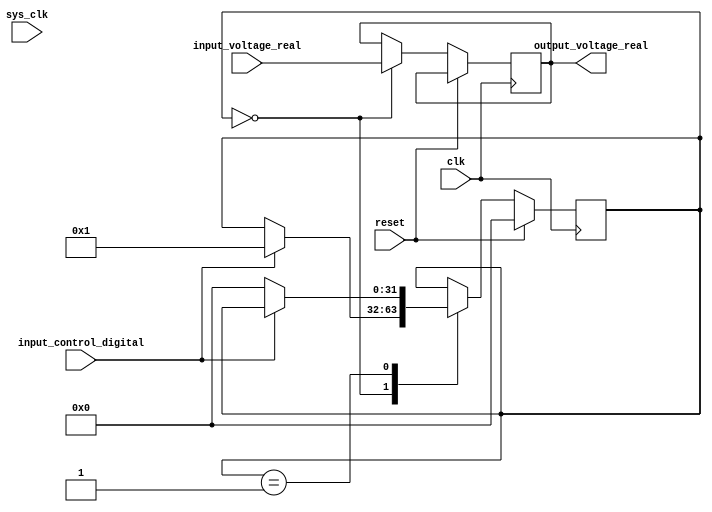


module sample_and_hold
(
  input clk,
  input reset,
  input sys_clk,
  input [10-1:0] input_voltage_real,
  output [10-1:0] output_voltage_real,
  input [1-1:0] input_control_digital
);

  reg [4-1:0] state_cycle_counter;
  reg [1-1:0] prev_sys_clk;
  reg [10-1:0] state_cap;
  reg [32-1:0] fsm;
  localparam fsm_init = 0;
  assign output_voltage_real = state_cap;

  always @(posedge clk) begin
    prev_sys_clk <= sys_clk;
  end

  localparam fsm_1 = 1;

  always @(posedge clk) begin
    if(reset) begin
      fsm <= fsm_init;
    end else begin
      case(fsm)
        fsm_init: begin
          if(reset) begin
            state_cap <= 10'd0;
          end else begin
            state_cap <= input_voltage_real;
          end
          if(input_control_digital) begin
            fsm <= fsm_1;
          end 
        end
        fsm_1: begin
          if(reset) begin
            state_cap <= 10'd0;
          end else begin
            state_cap <= state_cap;
          end
          if(!input_control_digital) begin
            fsm <= fsm_init;
          end 
        end
      endcase
    end
  end


endmodule